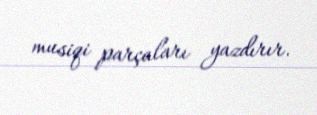
musiqi parçaları yazdırır.